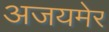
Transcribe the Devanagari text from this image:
अजयमेर